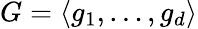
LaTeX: G=\langle g_{1},\ldots,g_{d}\rangle